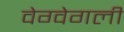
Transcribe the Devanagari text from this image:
वेग्वेगली